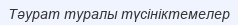
Тәурат туралы түсініктемелер